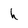
Character: h